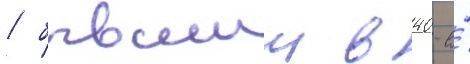
/ бывшии в 40-е́